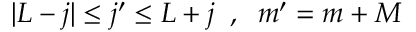
| L - j | \le j ^ { \prime } \le L + j \; \; , \; \; m ^ { \prime } = m + M